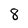
Character: 8